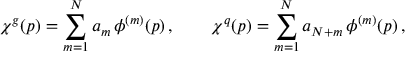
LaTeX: \chi ^ { g } ( p ) = \sum _ { m = 1 } ^ { N } a _ { m } \, \phi ^ { ( m ) } ( p ) \, , \qquad \chi ^ { q } ( p ) = \sum _ { m = 1 } ^ { N } a _ { N + m } \, \phi ^ { ( m ) } ( p ) \, ,